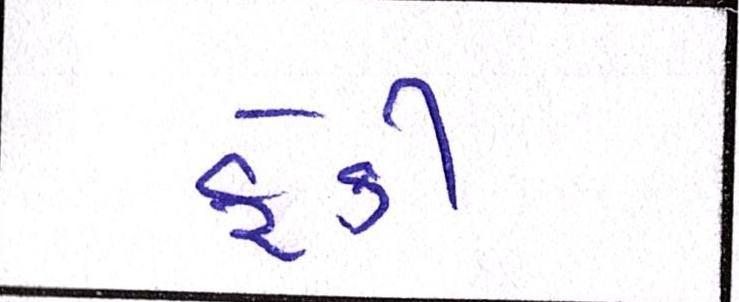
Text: ફેંકી